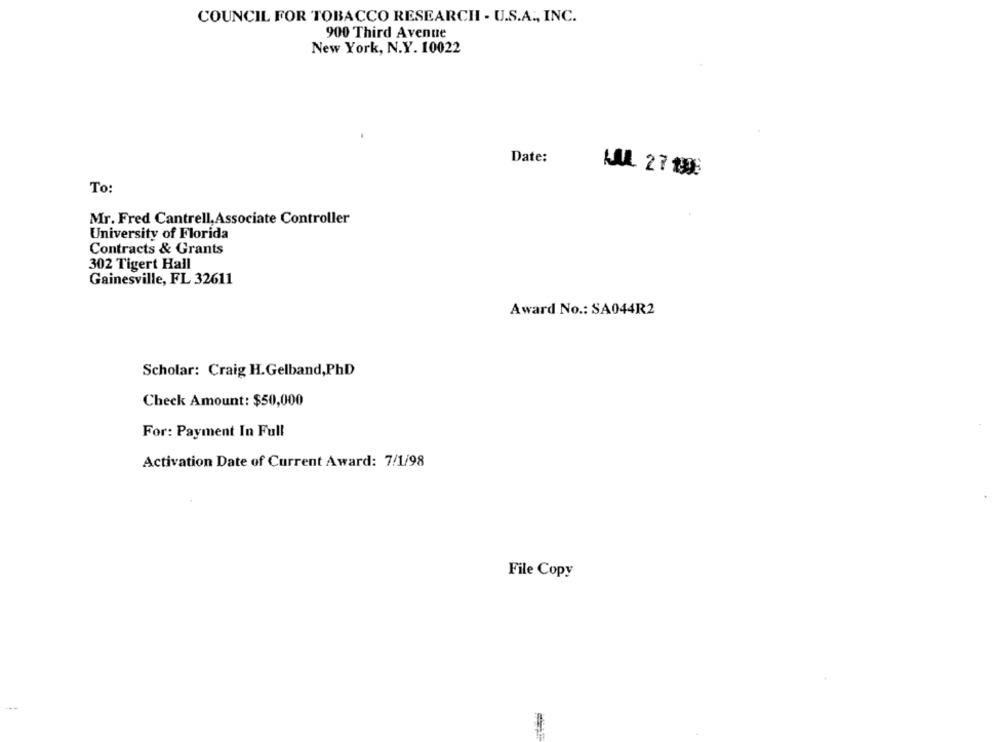
COUNCIL FOR TOBACCO RESEARCH - U.S.A ., INC.
900 Third Avenue
New York, N.Y. 10022
Date:
KAL 27 198
To
Mr. Fred Cantrell, Associate Controller
University of Florida
Contracts & Grants
302 Tigert Hall
Gainesville, FL 32611
Award No .: SA044R2
Scholar: Craig H.Gelband,PhD
Check Amount: $50,000
For: Payment In Full
Activation Date of Current Award: 7/1/98
File Copy